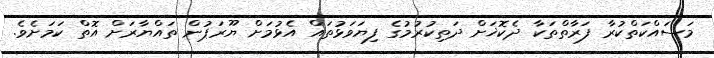
މަސައްކަތްކުރާ ފަރާތްތަކާ ދެކޮޚަށް ދަތިކުރުމުގެ ފިޔަވަޅުތައް އެޅުމަށް ޔޫރަޕުން ތައްޔާރަށް އޮތް ކަމަށެވެ.